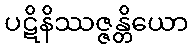
ပဋိနိဿဇ္ဇန္တိယော